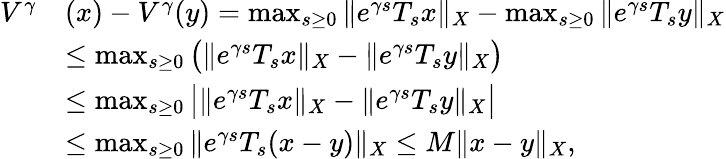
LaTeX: \begin{array}{rl}{V^{\gamma}}&{(x)-V^{\gamma}(y)=\operatorname*{max}_{s\geq 0}\| e^{\gamma s}T_{s}x\| _{X}-\operatorname*{max}_{s\geq 0}\| e^{\gamma s}T_{s}y\| _{X}}\\ &{\leq\operatorname*{max}_{s\geq 0}\big(\| e^{\gamma s}T_{s}x\| _{X}-\| e^{\gamma s}T_{s}y\| _{X}\big)}\\ &{\leq\operatorname*{max}_{s\geq 0}\big|\| e^{\gamma s}T_{s}x\| _{X}-\| e^{\gamma s}T_{s}y\| _{X}\big|}\\ &{\leq\operatorname*{max}_{s\geq 0}\| e^{\gamma s}T_{s}(x-y)\| _{X}\leq M\| x-y\| _{X},}\end{array}